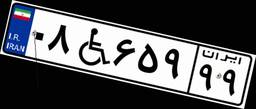
۰۸W۶۵۹۹۹